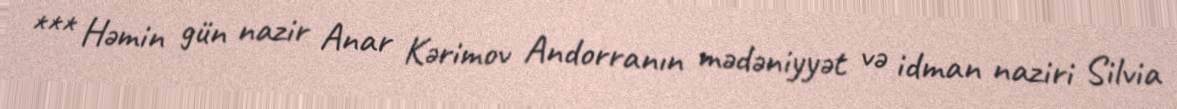
*** Həmin gün nazir Anar Kərimov Andorranın mədəniyyət və idman naziri Silvia